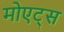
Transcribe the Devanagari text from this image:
मोएट्स